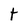
Character: t